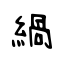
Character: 緺